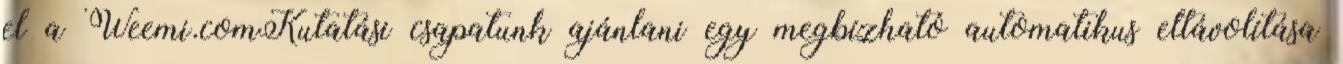
el a Weemi.comKutatási csapatunk ajánlani egy megbízható automatikus eltávolítása